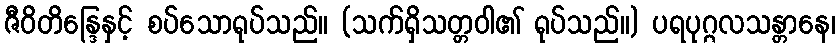
ဇီဝိတိန္ဒြေနှင့် စပ်သောရုပ်သည်။ (သက်ရှိသတ္တဝါ၏ ရုပ်သည်။) ပရပုဂ္ဂလသန္တာနေ၊